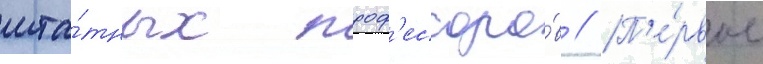
шта́тных проф'ессоро́в // П'е́рвое